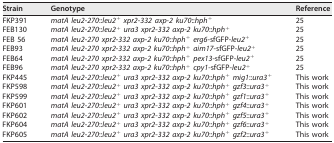
<table><thead><tr><td><b>Strain</b></td><td><b>Genotype</b></td><td><b>Reference</b></td></tr></thead><tbody><tr><td>FKP391</td><td><i>matA leu2-270</i>::<i>leu2</i><sup>+</sup><i>xpr2-332 axp-2 ku70</i>::<i>hph</i><sup>+</sup></td><td>25</td></tr><tr><td>FEB130</td><td><i>matA leu2-270</i>::<i>leu2</i><sup>+</sup><i>ura3 xpr2-332 axp-2 ku70</i>::<i>hph</i><sup>+</sup></td><td>25</td></tr><tr><td>FEB 56</td><td><i>matA leu2-270 xpr2-332 axp-2 ku70</i>::<i>hph</i><sup>+</sup><i>erg6</i>-sfGFP-<i>leu2</i><sup>+</sup></td><td>25</td></tr><tr><td>FEB93</td><td><i>matA leu2-270 xpr2-332 axp-2 ku70</i>::<i>hph</i><sup>+</sup><i>aim17</i>-sfGFP-<i>leu2</i><sup>+</sup></td><td>25</td></tr><tr><td>FEB64</td><td><i>matA leu2-270 xpr2-332 axp-2 ku70</i>::<i>hph</i><sup>+</sup><i>pex13</i>-sfGFP-<i>leu2</i><sup>+</sup></td><td>25</td></tr><tr><td>FEB96</td><td><i>matA leu2-270 xpr2-332 axp-2 ku70</i>::<i>hph</i><sup>+</sup><i>cpy1</i>-sfGFP-<i>leu2</i><sup>+</sup></td><td>25</td></tr><tr><td>FKP445</td><td><i>matA leu2-270</i>::<i>leu2</i><sup>+</sup><i>ura3 xpr2-332 axp-2 ku70</i>::<i>hph</i><sup>+</sup><i>mig1</i>::<i>ura3</i><sup>+</sup></td><td>This work</td></tr><tr><td>FKP598</td><td><i>matA leu2-270</i>::<i>leu2</i><sup>+</sup><i>ura3 xpr2-332 axp-2 ku70</i>::<i>hph</i><sup>+</sup><i>gzf3</i>::<i>ura3</i><sup>+</sup></td><td>This work</td></tr><tr><td>FKP599</td><td><i>matA leu2-270</i>::<i>leu2</i><sup>+</sup><i>ura3 xpr2-332 axp-2 ku70</i>::<i>hph</i><sup>+</sup><i>gzf1</i>::<i>ura3</i><sup>+</sup></td><td>This work</td></tr><tr><td>FKP601</td><td><i>matA leu2-270</i>::<i>leu2</i><sup>+</sup><i>ura3 xpr2-332 axp-2 ku70</i>::<i>hph</i><sup>+</sup><i>gzf4</i>::<i>ura3</i><sup>+</sup></td><td>This work</td></tr><tr><td>FKP602</td><td><i>matA leu2-270</i>::<i>leu2</i><sup>+</sup><i>ura3 xpr2-332 axp-2 ku70</i>::<i>hph</i><sup>+</sup><i>gzf5</i>::<i>ura3</i><sup>+</sup></td><td>This work</td></tr><tr><td>FKP604</td><td><i>matA leu2-270</i>::<i>leu2</i><sup>+</sup><i>ura3 xpr2-332 axp-2 ku70</i>::<i>hph</i><sup>+</sup><i>gzf6</i>::<i>ura3</i><sup>+</sup></td><td>This work</td></tr><tr><td>FKP605</td><td><i>matA leu2-270</i>::<i>leu2</i><sup>+</sup><i>ura3 xpr2-332 axp-2 ku70</i>::<i>hph</i><sup>+</sup><i>gzf2</i>::<i>ura3</i><sup>+</sup></td><td>This work</td></tr></tbody></table>